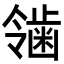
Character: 𬹴